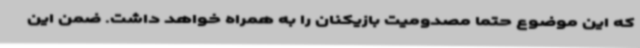
که این موضوع حتما مصدومیت بازیکنان را به همراه خواهد داشت. ضمن این